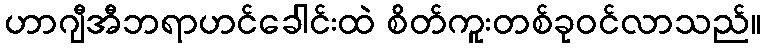
ဟာဂျီအီဘရာဟင်ခေါင်းထဲ စိတ်ကူးတစ်ခုဝင်လာသည်။